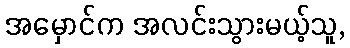
အမှောင်က အလင်းသွားမယ့်သူ,